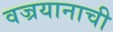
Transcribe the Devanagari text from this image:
वज्रयानाची